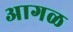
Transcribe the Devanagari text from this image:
अागळ